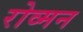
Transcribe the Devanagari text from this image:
रोव्मन